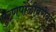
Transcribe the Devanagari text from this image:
पुरणपोळीबरोबर